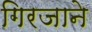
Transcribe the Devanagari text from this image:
गिरजाने